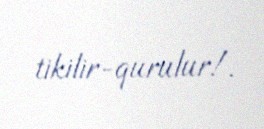
tikilir-qurulur!.